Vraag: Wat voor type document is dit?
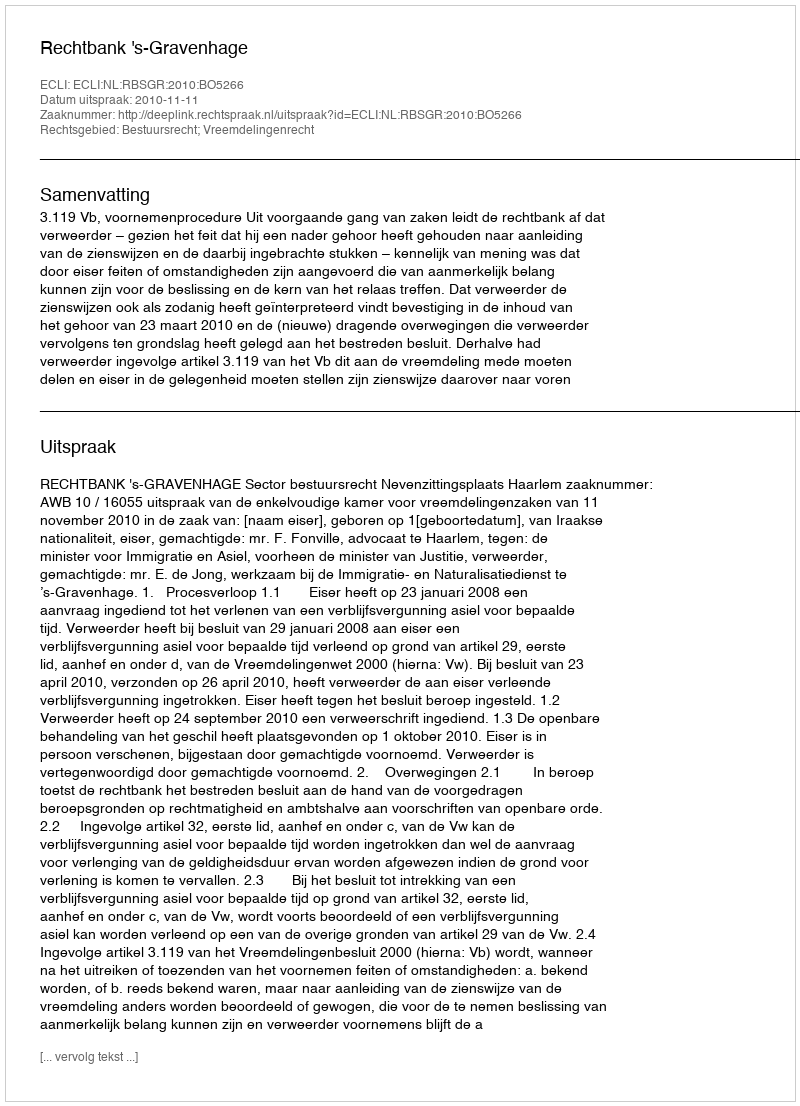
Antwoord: Uitspraak